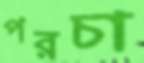
পরচা